system: You are a helpful assistant.
user:
Analyze the provided spectrum to determine if it is a **S-type Star**.

- **Key Indicators for S-type Star:**

    - **(Overall Spectrum Shape):** The first and most obvious characteristic is the overall continuum (the "baseline" shape). It is **extremely "red-sloping,"** meaning the flux (light intensity) is very low on the left side (blue, ~4000-4500 Å) and rises steeply and continuously toward the right side (red, ~7000 Å+).

    - **(Primary):** The spectrum is defined by the presence of strong, broad molecular absorption "valleys" (bands) from **Zirconium Oxide (ZrO)**. The identification of these bands is the **primary requirement** for classifying a star as S-type.
        - **(Key Bandheads):** You must find distinct, deep "dips" where the light has been absorbed. The most critical band systems to locate are:
            - **~6474 Å** ($\gamma$-system): This is often the strongest and clearest ZrO feature, found in the red part of the spectrum.
            - **~5718 Å** & **~5551 Å** ($\beta$-system): A pair of prominent absorption features in the yellow-orange part of the spectrum.
            - **~4640 Å** ($\alpha$-system): A key absorption band system in the blue-green region of the spectrum.

    - **(Secondary Confirmation):** The classification is strengthened by finding additional absorption bands from other related heavy element oxides, which are expected to be present alongside ZrO.
        - **(Key Bandheads):**
            - **Yttrium Oxide (YO):** Look for absorption dips near **~4800 Å** and **~6100 Å**.
            - **Lanthanum Oxide (LaO):** Additional absorption features, particularly in the red-orange part of the spectrum, are also characteristic.

    - **(Line Profile):** The combination of the steep red continuum and these numerous, deep molecular bands (ZrO, YO, etc.) gives the entire spectrum a very **"chopped-up"** or **"bumpy"** appearance. Instead of a smooth curve, the spectrum looks as though large, wide chunks of light have been "carved out" of it at the specific wavelengths listed above.

Think first, call **spectral_visualization_tool** if needed to examine features in detail, then provide your final answer. Your response must adhere to the following strict rules:
1.  **Overall Structure:** Your response must follow the format `<think>...</think> <tool_call>...</tool_call> (if a tool is used) <answer>...</answer>`.
2.  **Tool Usage Constraint:** You may only make **one** tool call per turn.
3.  **Final Answer Format:** In the `<answer>` tag, your conclusion must be inside a `\boxed{}` command (e.g., `\boxed{YES}` or `\boxed{NO}`), followed by your justification.

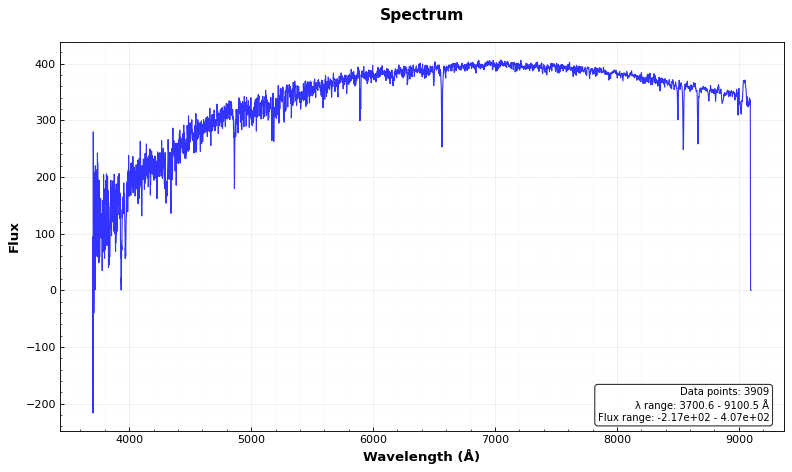
Answer: NO